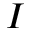
\boldsymbol { I }